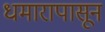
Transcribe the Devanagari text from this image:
धमारापासून